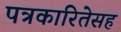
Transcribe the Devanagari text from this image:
पत्रकारितेसह